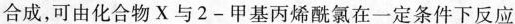
合成，可由化合物X与2-甲基丙烯酰氯在一定条件下反应